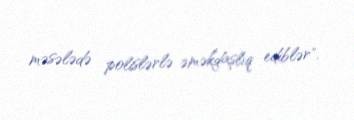
məsələdə polislərlə əməkdaşlıq ediblər".